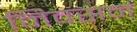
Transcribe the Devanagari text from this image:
निवसनं